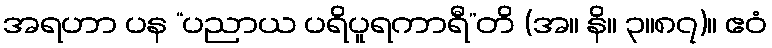
အရဟာ ပန “ပညာယ ပရိပူရကာရီ”တိ (အ။ နိ။ ၃။၈၇)။ ဧဝံ